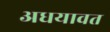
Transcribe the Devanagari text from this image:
अधयावत